Senior Leaving Certificate Examination (including Day School Certificate (Higher) General paper), 1946
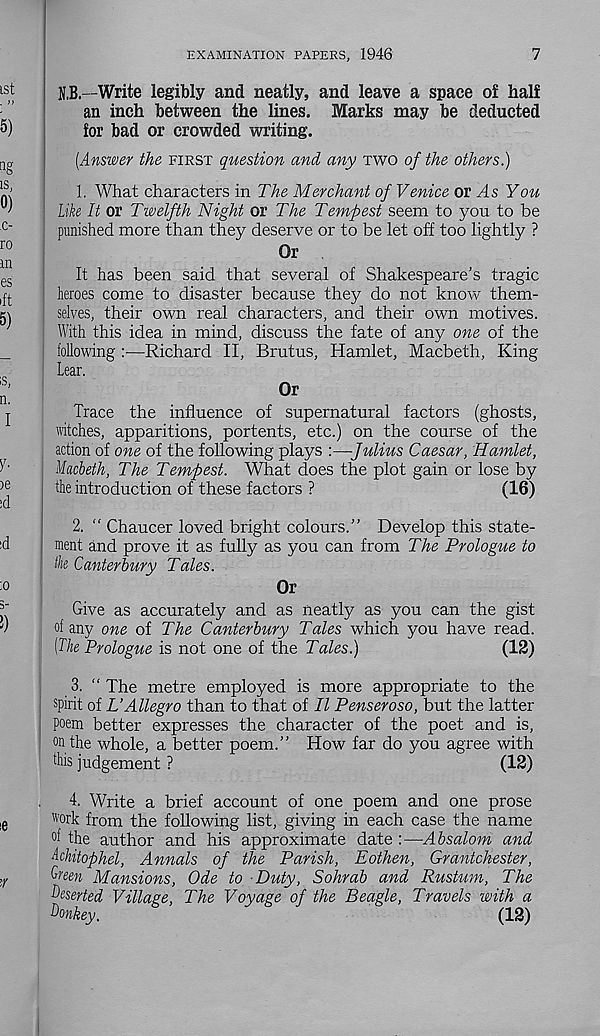
EXAMINATION PAPERS, 1946
7
N.B.—Write legibly and neatly, and leave a space of half
an inch between the lines. Marks may be deducted
for bad or crowded writing.
[Answer the FIRST question and any TWO of the others.)
1. What characters in The Merchant of Venice or ^4s You
Like It or Twelfth Night or The Tempest seem to you to be
punished more than they deserve or to be let off too lightly ?
Or
It has been said that several of Shakespeare's tragic
heroes come to disaster because they do not know them-
selves, their own real characters, and their own motives.
With this idea in mind, discuss the fate of any one of the
following :•—Richard II, Brutus, Hamlet, Macbeth, King
Lear.
Or
Trace the influence of supernatural factors (ghosts,
witches, apparitions, portents, etc.) on the course of the
action of one of the following plays :—Julius Caesar, Hamlet,
Macbeth, The Tempest. What does the plot gain or lose by
the introduction of these factors ?
(16)
2. “ Chaucer loved bright colours.” Develop this state-
ment and prove it as fully as you can from The Prologue to
the Canterbury Tales.
Or
Give as accurately and as neatly as you can the gist
of any one of The Canterbury Tales which you have read.
[The Prologue is not one of the Tales.)
(12)
3. “ The metre employed is more appropriate to the
spirit of L’Allegro than to that of II Penseroso, but the latter
poem better expresses the character of the poet and is,
on the whole, a better poem.” How far do you agree with
this judgement ?
(12)
4. Write a brief account of one poem and one prose
work from the following list, giving in each case the name
°t the author and his approximate date :—Absalom and
Achitophel, Annals of the Parish, Eothen, Grantchester,
Green Mansions, Ode to Duty, Sohrab and Rustum, The
Teserted Village, The Voyage of the Beagle, Travels with a
Donkey.
(12)